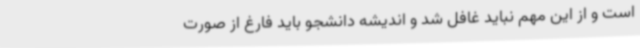
است و از این مهم نباید غافل شد و اندیشه دانشجو باید فارغ از صورت